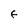
Character: F